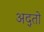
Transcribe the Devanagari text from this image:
अद्तो